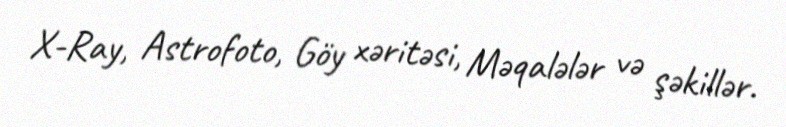
X-Ray, Astrofoto, Göy xəritəsi, Məqalələr və şəkillər.